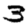
Digit: 3